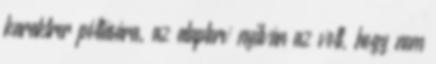
karaktrer pótlására. az alapterv nyilván az volt, hogy nem